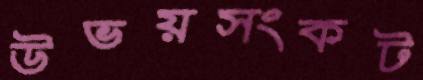
উভয়সংকট